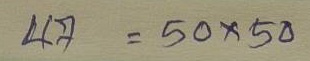
47 = 50x50